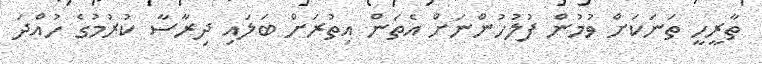
ތާރީހީ ތަނަކަށް ވުމުން ފުލުހުންނަށް އެތަން އިތުރަށް ބަލައި ދިރާސާ ކުރުމުގެ ހުއްދަ